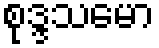
စုဒ္ဒသမော